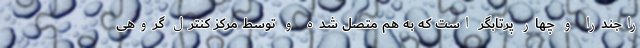
راجندرا و چهار پرتابگر است که به هم متصل شده و توسط مرکز کنترل گروهی